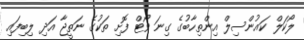
ލޯކަލް ކައުންސިލް އިންތިހާބުގެ ގިނަ ވޯޓް ފޮށި ތަކުގެ ނަތީޖާ އަދި ލިބިފައި